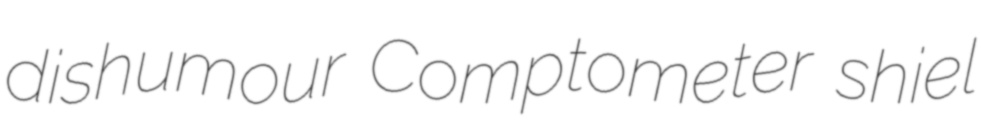
dishumour Comptometer shiel